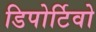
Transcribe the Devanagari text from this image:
डिपोर्टिवो